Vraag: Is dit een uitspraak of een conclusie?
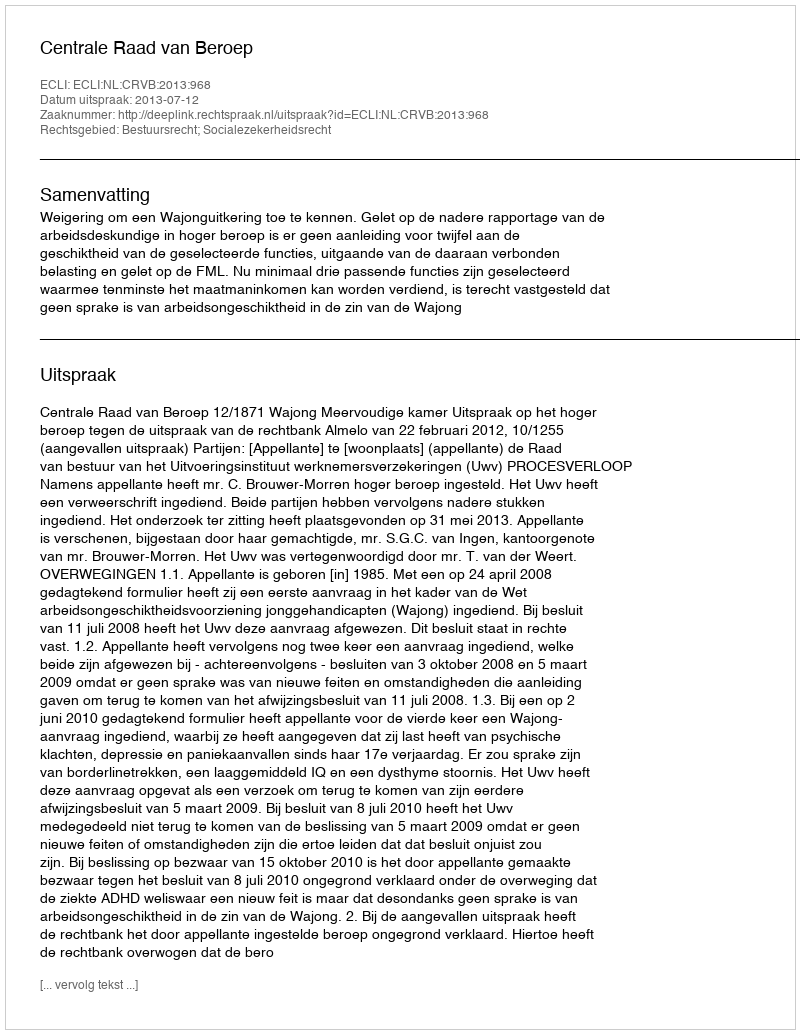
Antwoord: Uitspraak